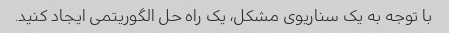
با توجه به یک سناریوی مشکل، یک راه حل الگوریتمی ایجاد کنید.